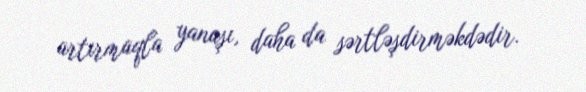
artırmaqla yanaşı, daha da sərtləşdirməkdədir.